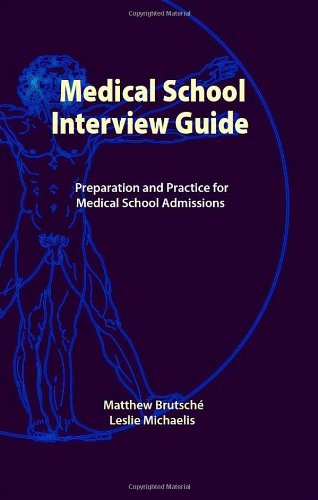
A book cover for Medical School Interview Guide: Preparation and Practice for Medical School Admissions; Matthew Brutsche; Education & Teaching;